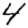
Digit: 4